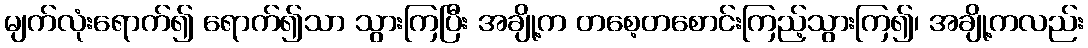
မျက်လုံးရောက်၍ ရောက်၍သာ သွားကြပြီး အချို့က တစေ့တစောင်းကြည့်သွားကြ၍၊ အချို့ကလည်း